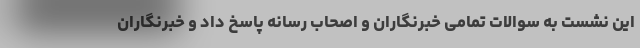
این نشست به سوالات تمامی خبرنگاران و اصحاب رسانه پاسخ داد و خبرنگاران